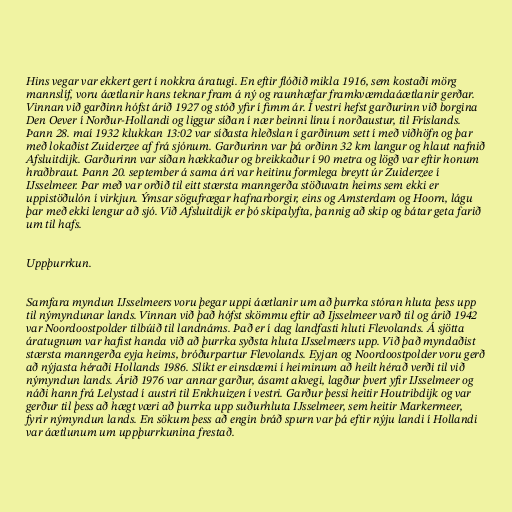
Hins vegar var ekkert gert í nokkra áratugi. En eftir flóðið mikla 1916, sem kostaði mörg
mannslíf, voru áætlanir hans teknar fram á ný og raunhæfar framkvæmdaáætlanir gerðar.
Vinnan við garðinn hófst árið 1927 og stóð yfir í fimm ár. Í vestri hefst garðurinn við borgina
Den Oever í Norður-Hollandi og liggur síðan í nær beinni línu í norðaustur, til Fríslands.
Þann 28. maí 1932 klukkan 13:02 var síðasta hleðslan í garðinum sett í með viðhöfn og þar
með lokaðist Zuiderzee af frá sjónum. Garðurinn var þá orðinn 32 km langur og hlaut nafnið
Afsluitdijk. Garðurinn var síðan hækkaður og breikkaður í 90 metra og lögð var eftir honum
hraðbraut. Þann 20. september á sama ári var heitinu formlega breytt úr Zuiderzee í
IJsselmeer. Þar með var orðið til eitt stærsta manngerða stöðuvatn heims sem ekki er
uppistöðulón í virkjun. Ýmsar sögufrægar hafnarborgir, eins og Amsterdam og Hoorn, lágu
þar með ekki lengur að sjó. Við Afsluitdijk er þó skipalyfta, þannig að skip og bátar geta farið
um til hafs.

Uppþurrkun.

Samfara myndun IJsselmeers voru þegar uppi áætlanir um að þurrka stóran hluta þess upp
til nýmyndunar lands. Vinnan við það hófst skömmu eftir að Ijsselmeer varð til og árið 1942
var Noordoostpolder tilbúið til landnáms. Það er í dag landfasti hluti Flevolands. Á sjötta
áratugnum var hafist handa við að þurrka syðsta hluta IJsselmeers upp. Við það myndaðist
stærsta manngerða eyja heims, bróðurpartur Flevolands. Eyjan og Noordoostpolder voru gerð
að nýjasta héraði Hollands 1986. Slíkt er einsdæmi í heiminum að heilt hérað verði til við
nýmyndun lands. Árið 1976 var annar garður, ásamt akvegi, lagður þvert yfir IJsselmeer og
náði hann frá Lelystad í austri til Enkhuizen í vestri. Garður þessi heitir Houtribdijk og var
gerður til þess að hægt væri að þurrka upp suðurhluta IJsselmeer, sem heitir Markermeer,
fyrir nýmyndun lands. En sökum þess að engin bráð spurn var þá eftir nýju landi í Hollandi
var áætlunum um uppþurrkunina frestað.